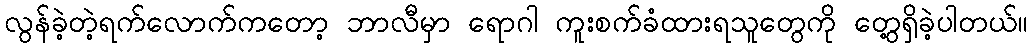
လွန်ခဲ့တဲ့ရက်လောက်ကတော့ ဘာလီမှာ ရောဂါ ကူးစက်ခံထားရသူတွေကို တွေ့ရှိခဲ့ပါတယ်။